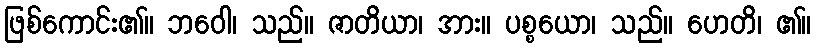
ဖြစ်ကောင်း၏။ ဘဝေါ၊ သည်။ ဇာတိယာ၊ အား။ ပစ္စယော၊ သည်။ ဟေတိ၊ ၏။